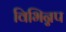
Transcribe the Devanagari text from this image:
विभिन्नप